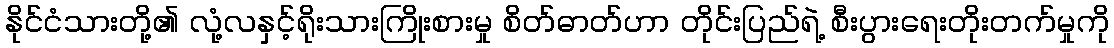
နိုင်ငံသားတို့၏ လုံ့လနှင့်ရိုးသားကြိုးစားမှု စိတ်ဓာတ်ဟာ တိုင်းပြည်ရဲ့ စီးပွားရေးတိုးတက်မှုကို